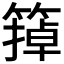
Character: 𬕩